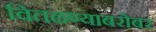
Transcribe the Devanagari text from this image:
वितळण्याबरोबर